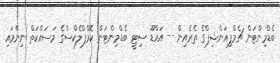
ބެޑްމިންޓަން ޗެމްޕިއަންޝިޕްގެ ތެރެއިން -- އައްޑޫ ސިޓީ ބެޑްމިންޓަން ކޮމްޕްލެކްސްގެ މަސައްކަތް ނިންމައި